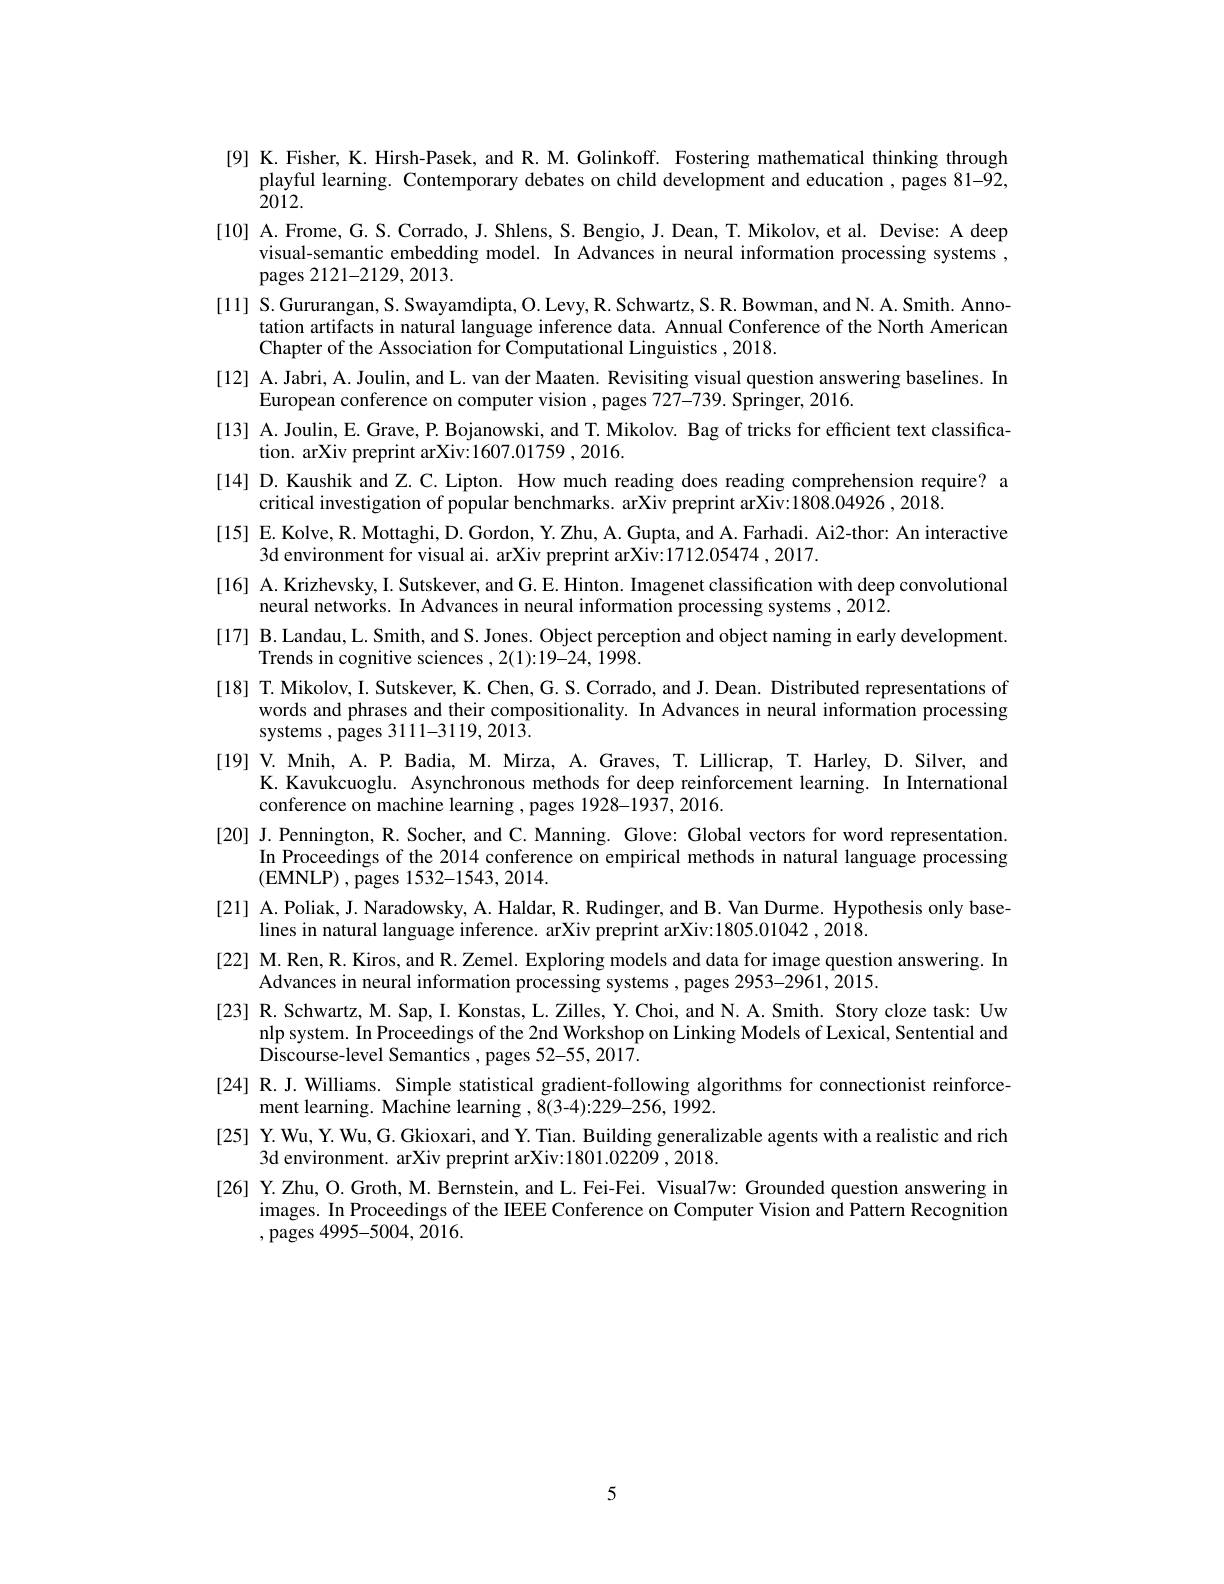
[9] K. Fisher, K. Hirsh-Pasek, and R. M. Golinkoff. Fostering mathematical thinking through
playful learning. Contemporary debates on child development and education , pages 81-92,
$\bar{2}0\dot{1}2.$
[10] A.Frome, G. S. Corrado, J. Shlens, S. Bengio, J. Dean, T. Mikolov, et al. Devise: A deep
visual-semantic embedding model. In Advances in neural information processing systems ,
pages 2121-2129, 2013.
[11] S.Gururangan, S. Swayamdipta, O. Levy, R. Schwartz, S. R. Bowman, and N. A. Smith. Anno-
tation artifacts in natural language inference data. Annual Conference of the North American
Chapter of the Association for Computational Linguistics ,2018.
[12] A. Jabri, A. Joulin, and L. van der Maaten. Revisiting visual question answering baselines. In
European conference on computer vision , pages 727-739. Springer, 2016.
[13] A. Joulin, E. Grave, P. Bojanowski, and T. Mikolov. Bag of tricks for efficient text classifica-
tion. arXiv preprint arXiv:1607.01759 ,2016.
[14] D. Kaushik and Z. C. Lipton. How much reading does reading comprehension require? a
critical investigation of popular benchmarks. arXiv preprint arXiv:1808.04926 , 2018.
[15] E. Kolve, R. Mottaghi, D. Gordon, Y. Zhu, A. Gupta, and A. Farhadi. Ai2-thor: An interactive
3d environment for visual ai. arXiv preprint arXiv:1712.05474 , 2017.
[16] A. Krizhevsky, I. Sutskever, and G. E. Hinton. Imagenet classification with deep convolutional
neural networks. In Advances in neural information processing systems ,2012.
[17] B.Landau, L. Smith, and S. Jones. Object perception and object naming in early development.
Trends in cognitive sciences ,2(1){:}19{-}24,1998.
[18] T. Mikolov, I. Sutskever, K. Chen, G. S. Corrado, and J. Dean. Distributed representations of
words and phrases and their compositionality. In Advances in neural information processing
systems ,pages 3111-3119,2013.
[19] V. Mnih, A. P. Badia, M. Mirza, A. Graves, T. Lillicrap, T. Harley, D. Silver, and
K. Kavukcuoglu. Asynchronous methods for deep reinforcement learning. In International
conference on machine learning , pages 1928-1937, 2016.
[20] J.Pennington, R. Socher, and C. Manning. Glove: Global vectors for word representation.
In Proceedings of the 2014 conference on empirical methods in natural language processing
(EMNLP) , pages 1532-1543,2014.
[21] A. Poliak, J. Naradowsky, A. Haldar, R. Rudinger, and B. Van Durme. Hypothesis only base-
lines in natural language inference. arXiv preprint arXiv:1805.01042 ,2018.
[22] M. Ren, R. Kiros, and R. Zemel. Exploring models and data for image question answering. In
Advances in neural information processing systems , pages 2953-2961, 2015.
[23] R. Schwartz, M. Sap, I. Konstas, L. Zilles, Y. Choi, and N. A. Smith. Story cloze task: Uw
nlp system. In Proceedings of the 2nd Workshop on Linking Models of Lexical, Sentential and
Discourse-level Semantics , pages 52-55, 2017.
[24] R. J. Williams. Simple statistical gradient-following algorithms for connectionist reinforce-
ment learning. Machine learning ,8(3-4):229-256,1992.
[25] Y. Wu, Y. Wu, G. Gkioxari, and Y. Tian. Building generalizable agents with a realistic and rich
3d environment. arXiv preprint arXiv:1801.02209 , 2018.
[26] Y.Zhu, O. Groth, M. Bernstein, and L. Fei-Fei. Visual7w: Grounded question answering in
images. In Proceedings of the IEEE Conference on Computer Vision and Pattern Recognition
,pages 4995-5004,2016.

5